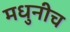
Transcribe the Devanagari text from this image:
मधुनीच